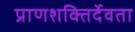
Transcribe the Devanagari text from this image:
प्राणशक्तिर्देवता